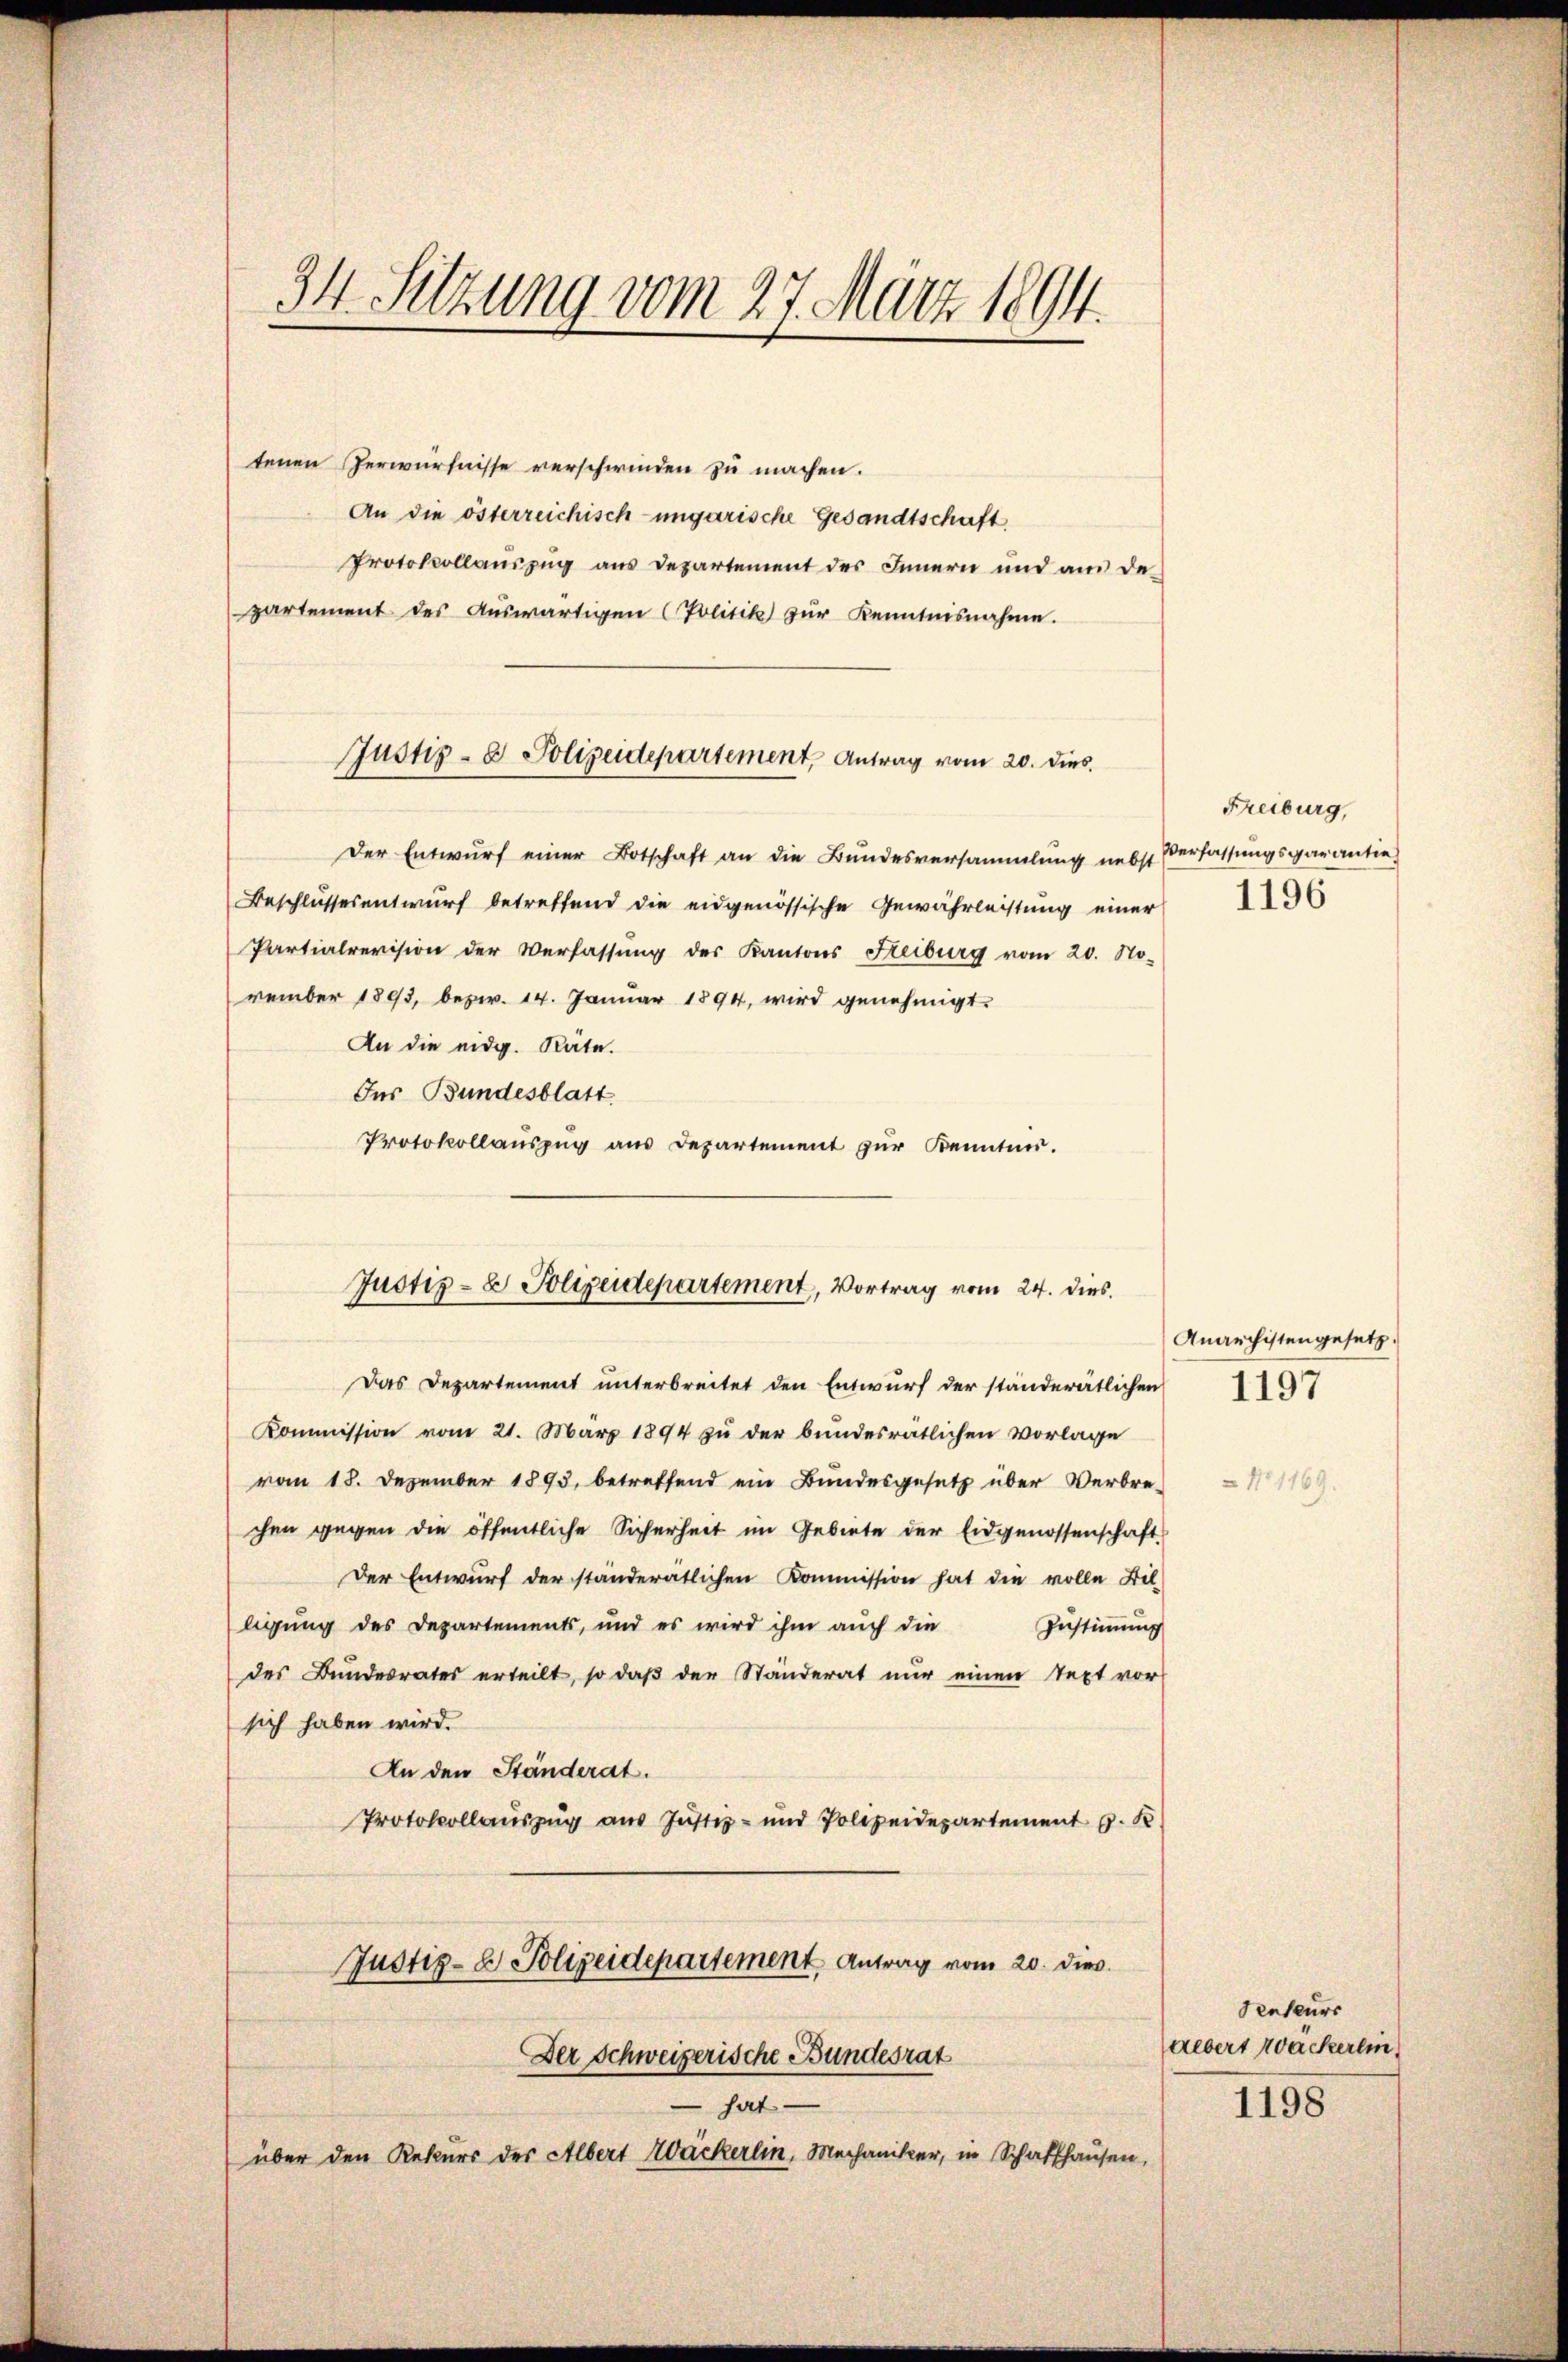
34. Sitzung vom 27. März 1894.

tenen Perwürfnisse verschwinden zu machen.
An die österreichisch-ungarische Gesandtschaft
Protokollauszug aus Departement des Innern und an de
partement des Aŭswärtigen (Politik zŭr Kenntnisnahme.

Justiz- & Polizeidepartement, Antrag vom 20. dies

Der Entwurf einer Botschaft an die Bundesversammlung nebst Verfassungsgarantie
Beschlussesentwurf betreffend die eidgenössische Gewährleistung einer 196
Partialrevision der Verfassŭng des Kantons Heiburg vom 20. No-
vember 1893, bezw. 14. Januar 1894, wird genehmigt.
An die eidg. Räte.
Ins Bundesblatt
Protokollaŭszŭg ans Departement zŭr Kennten.
Das Departement unterbreitet den Entwurf der ständerätlichen 1797
Kommission vom 21. März 1894 zŭ der bundesratlichen Vorlage
vom 18. Dezember 1893, betreffend ein Bundesgesetz über Verbre-
chen gegen die öffentliche Sicherheit im Gebiete der Eidgenossenschaft
Der Entwurf der ständerätlichen Kommission hat die volle Bil-
ligung des Departements, und es wird ihm aŭch die Zŭstiṁŭng
des Bundesrates erteilt, so daβ der Ständerat nŭr einen Text vor
sich haben wird.
An den Ständerat.
Protokollauszug aus Justiz- und Polizeidepartement z. R
Justiz- & Polizeidepartement Antrag vom 20. dies
Der Schweizerische Bundesrat
hat
über den Rekurs des Albert Wäckerlin, Mechaniker, in Schaffhausen,

Justiz- & Polizeidepartement, Vortrag vom 24. dies

Freiburg,

Anarchistengesetz.

Senteurs
albert zäckerlin

1198